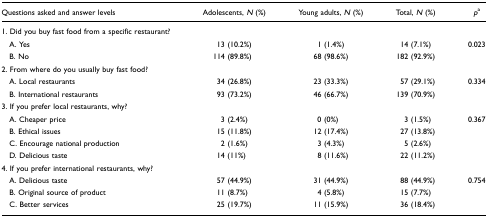
| Questions asked and answer levels | Adolescents, N (%) | Young adults, N (%) | Total, N (%) | pa |
 | --- | --- | --- | --- | --- |
 | 1. Did you buy fast food from a specific restaurant? |  |  |  |  |
 | A. Yes | 13 (10.2%) | 1 (1.4%) | 14 (7.1%) | 0.023 |
 | B. No | 114 (89.8%) | 68 (98.6%) | 182 (92.9%) |  |
 | 2. From where do you usually buy fast food? |  |  |  |  |
 | A. Local restaurants | 34 (26.8%) | 23 (33.3%) | 57 (29.1%) | 0.334 |
 | B. International restaurants | 93 (73.2%) | 46 (66.7%) | 139 (70.9%) |  |
 | 3. If you prefer local restaurants, why? |  |  |  |  |
 | A. Cheaper price | 3 (2.4%) | 0 (0%) | 3 (1.5%) | 0.367 |
 | B. Ethical issues | 15 (11.8%) | 12 (17.4%) | 27 (13.8%) |  |
 | C. Encourage national production | 2 (1.6%) | 3 (4.3%) | 5 (2.6%) |  |
 | D. Delicious taste | 14 (11%) | 8 (11.6%) | 22 (11.2%) |  |
 | 4. If you prefer international restaurants, why? |  |  |  |  |
 | A. Delicious taste | 57 (44.9%) | 31 (44.9%) | 88 (44.9%) | 0.754 |
 | B. Original source of product | 11 (8.7%) | 4 (5.8%) | 15 (7.7%) |  |
 | C. Better services | 25 (19.7%) | 11 (15.9%) | 36 (18.4%) |  |